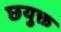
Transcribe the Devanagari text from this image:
छयुक्त